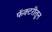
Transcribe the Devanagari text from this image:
फॅक्टरीतून